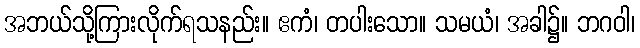
အဘယ်သို့ကြားလိုက်ရသနည်း။ ဧကံ၊ တပါးသော။ သမယံ၊ အခါ၌။ ဘဂဝါ၊